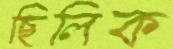
ছিলিক